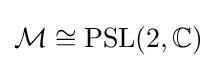
{\mathcal {M}}\cong \operatorname {PSL} (2,\mathbb {C} )